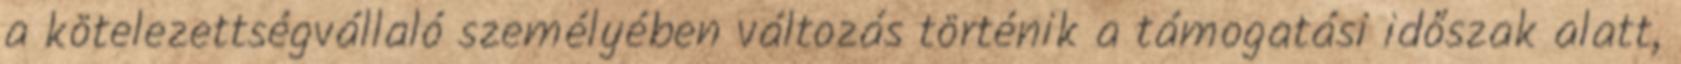
a kötelezettségvállaló személyében változás történik a támogatási időszak alatt,